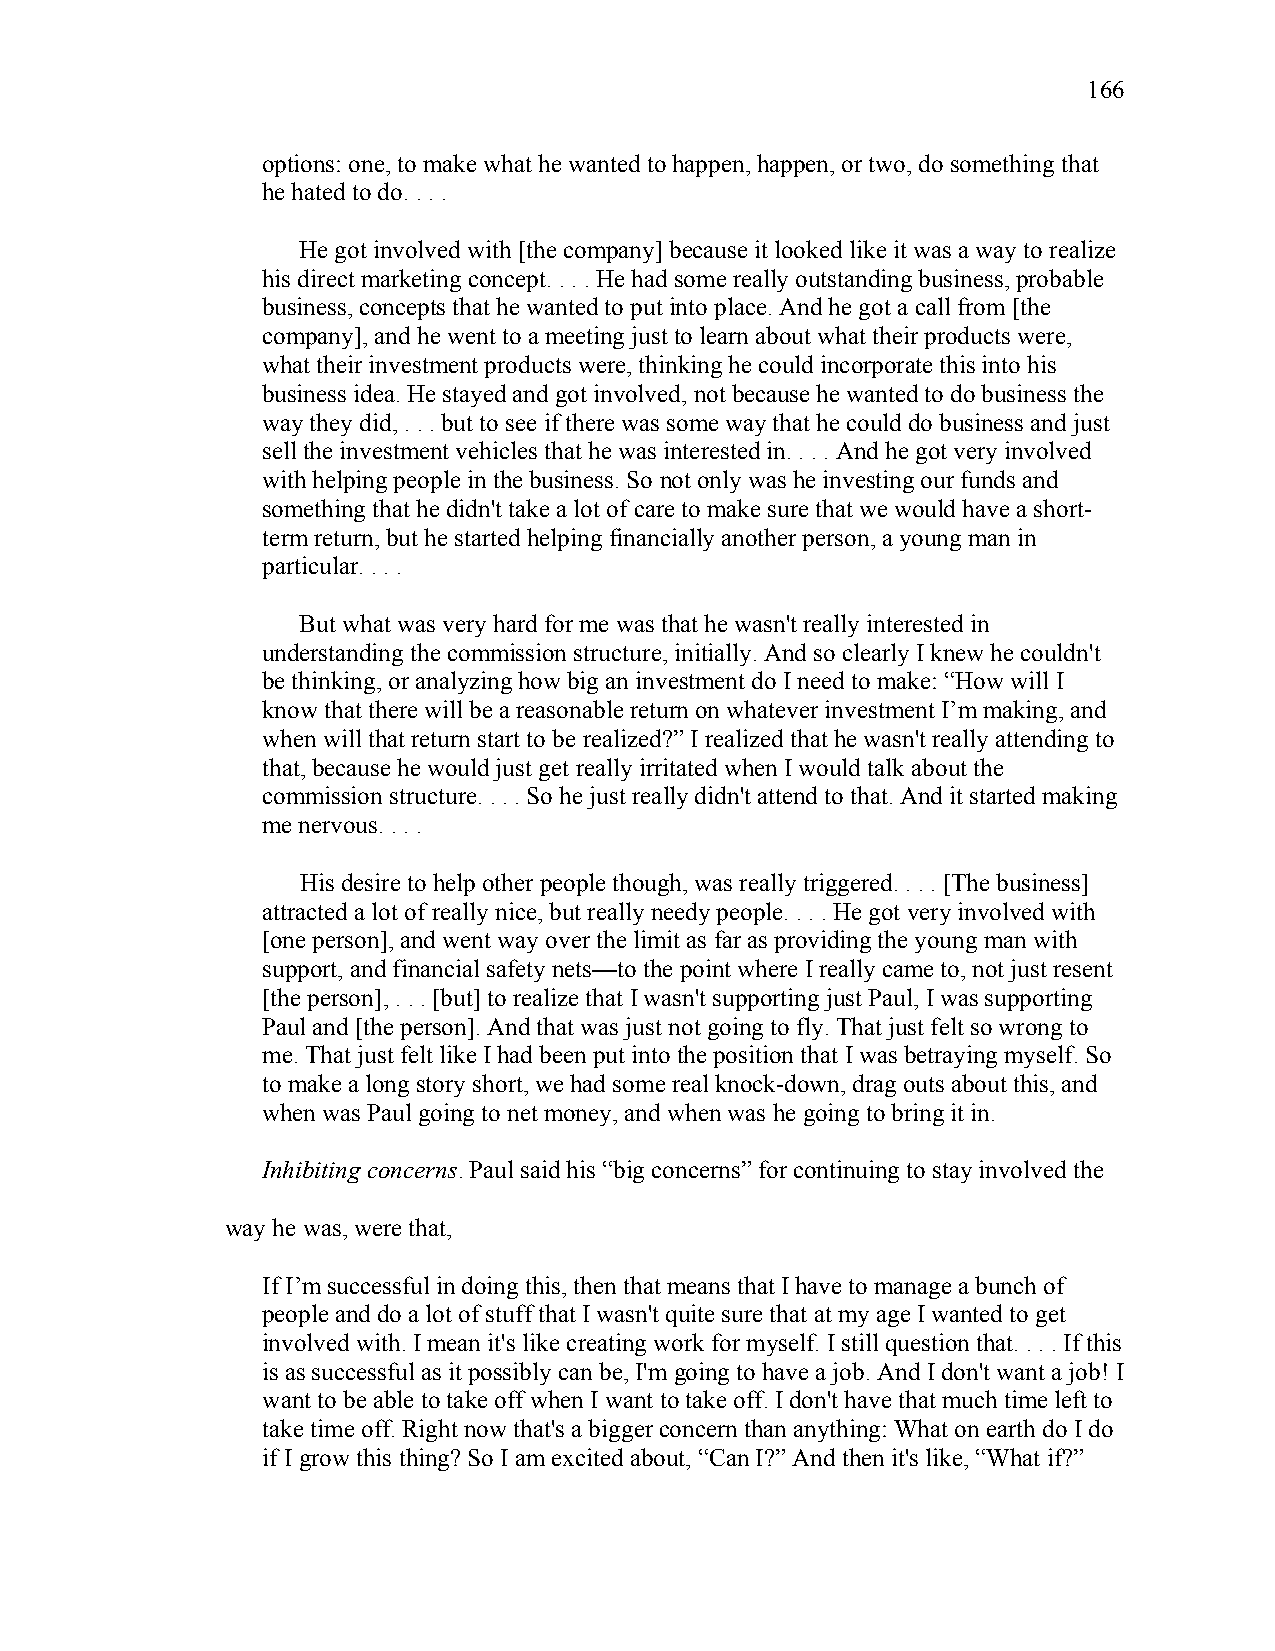
166
 options: one, to make what he wanted to happen, happen, or two, do something that
 he hated to do. . . .
 He got involved with [the company] because it looked like it was a way to realize
 his direct marketing concept. . . . He had some really outstanding business, probable
 business, concepts that he wanted to put into place. And he got a call from [the
 company], and he went to a meeting just to learn about what their products were,
 what their investment products were, thinking he could incorporate this into his
 business idea. He stayed and got involved, not because he wanted to do business the
 way they did, . . . but to see if there was some way that he could do business and just
 sell the investment vehicles that he was interested in. . . . And he got very involved
 with helping people in the business. So not only was he investing our funds and
 something that he didn't take a lot of care to make sure that we would have a short-
 term return, but he started helping financially another person, a young man in
 particular. . . .
 But what was very hard for me was that he wasn't really interested in
 understanding the commission structure, initially. And so clearly I knew he couldn't
 be thinking, or analyzing how big an investment do I need to make: “How will I
 know that there will be a reasonable return on whatever investment I’m making, and
 when will that return start to be realized?” I realized that he wasn't really attending to
 that, because he would just get really irritated when I would talk about the
 commission structure. . . . So he just really didn't attend to that. And it started making
 me nervous. . . .
 His desire to help other people though, was really triggered. . . . [The business]
 attracted a lot of really nice, but really needy people. . . . He got very involved with
 [one person], and went way over the limit as far as providing the young man with
 support, and financial safety nets—to the point where I really came to, not just resent
 [the person], . . . [but] to realize that I wasn't supporting just Paul, I was supporting
 Paul and [the person]. And that was just not going to fly. That just felt so wrong to
 me. That just felt like I had been put into the position that I was betraying myself. So
 to make a long story short, we had some real knock-down, drag outs about this, and
 when was Paul going to net money, and when was he going to bring it in.
 Inhibiting concerns. Paul said his “big concerns” for continuing to stay involved the
 way he was, were that,
 If I’m successful in doing this, then that means that I have to manage a bunch of
 people and do a lot of stuff that I wasn't quite sure that at my age I wanted to get
 involved with. I mean it's like creating work for myself. I still question that. . . . If this
 is as successful as it possibly can be, I'm going to have a job. And I don't want a job! I
 want to be able to take off when I want to take off. I don't have that much time left to
 take time off. Right now that's a bigger concern than anything: What on earth do I do
 if I grow this thing? So I am excited about, “Can I?” And then it's like, “What if?”